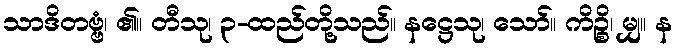
သာဒိတဗ္ဗံ၊ ၏။ တီသု၊ ၃-ထည်တို့သည်။ နဋ္ဌေသု၊ သော်။ ကိဉ္စိ၊ မျှ။ န